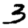
Digit: 3